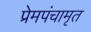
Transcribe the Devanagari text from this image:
प्रेमपंचामृत